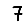
Digit: 7